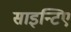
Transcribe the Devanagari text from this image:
साइन्टिए